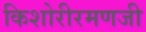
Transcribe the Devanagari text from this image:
किशोरीरमणजी